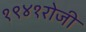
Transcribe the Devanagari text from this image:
१९४१रोजी